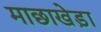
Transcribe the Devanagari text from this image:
माछाखेड़ा